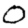
Digit: 0